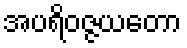
အပရိဝဇ္ဇယတော